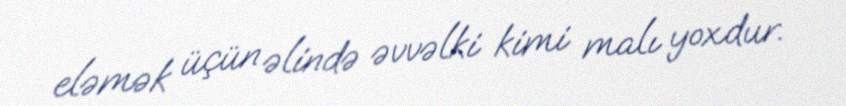
eləmək üçün əlində əvvəlki kimi malı yoxdur.